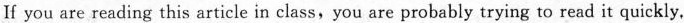
If you are reading this article in class,you are probably trying to read it quickly,